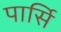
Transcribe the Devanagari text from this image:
पार्सि